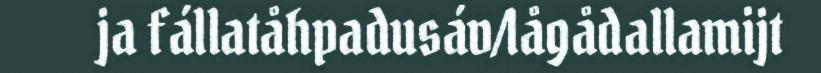
ja fállatåhpadusáv/lågådallamijt